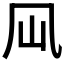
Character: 𠘳